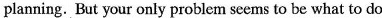
planning. But your only problem seems to be what to do